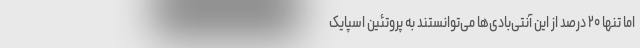
اما تنها ۲۰ درصد از این آنتی‌بادی‌ها می‌توانستند به پروتئین اسپایک